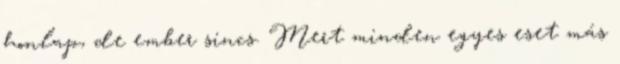
honlap, de ember sincs. Mert minden egyes eset más